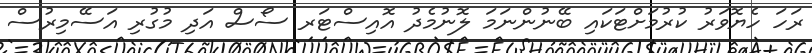
ރަހަ ހެޔޮވަރު ކުރުމަށްޓަކައި ބޭނުންނަމަ ލޮނުމެދު އޮއިސްޓަރ ސޯސް އަދި މުގުރި އަސޭމިރުސް